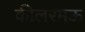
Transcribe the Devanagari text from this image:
कीलरमऊ